Indian journal of veterinary science and animal husbandry - Volumes 22-23, 1952-1953
Year: 1952
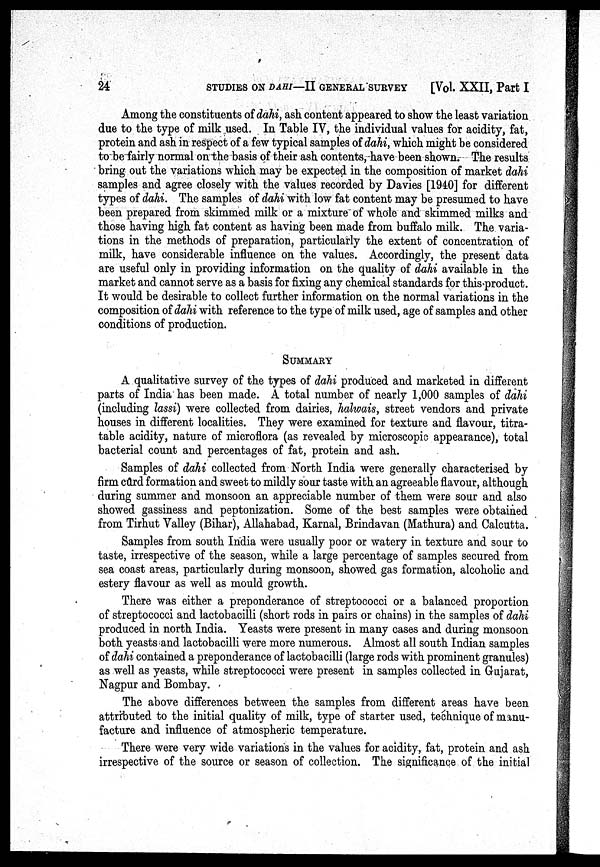
24
STUDIES ON DAHI—II GENERAL SURVEY
[Vol. XXII, Part I
Among the constituents of dahi, ash content appeared to show the least variation
due to the type of milk used. In Table IV, the individual values for acidity, fat,
protein and ash in respect of a few typical samples of dahi, which might be considered
to be fairly normal on the basis of their ash contents, have been shown. The results
bring out the variations which may be expected in the composition of market dahi
samples and agree closely with the values recorded by Davies [1940] for different
types of dahi. The samples of dahi with low fat content may be presumed to have
been prepared from skimmed milk or a mixture of whole and skimmed milks and
those having high fat content as having been made from buffalo milk. The varia-
tions in the methods of preparation, particularly the extent of concentration of
milk, have considerable influence on the values. Accordingly, the present data
are useful only in providing information on the quality of dahi available in the
market and cannot serve as a basis for fixing any chemical standards for this product.
It would be desirable to collect further information on the normal variations in the
composition of dahi with reference to the type of milk used, age of samples and other
conditions of production.
SUMMARY
A qualitative survey of the types of dahi produced and marketed in different
parts of India has been made. A total number of nearly 1,000 samples of dahi
(including lassi) were collected from dairies, halwais, street vendors and private
houses in different localities. They were examined for texture and flavour, titra-
table acidity, nature of microflora (as revealed by microscopic appearance), total
bacterial count and percentages of fat, protein and ash.
Samples of dahi collected from North India were generally characterised by
firm curd formation and sweet to mildly sour taste with an agreeable flavour, although
during summer and monsoon an appreciable number of them were sour and also
showed gassiness and peptonization. Some of the best samples were obtained
from Tirhut Valley (Bihar), Allahabad, Karnal, Brindavan (Mathura) and Calcutta.
Samples from south India were usually poor or watery in texture and sour to
taste, irrespective of the season, while a large percentage of samples secured from
sea coast areas, particularly during monsoon, showed gas formation, alcoholic and
estery flavour as well as mould growth.
There was either a preponderance of streptococci or a balanced proportion
of streptococci and lactobacilli (short rods in pairs or chains) in the samples of dahi
produced in north India. Yeasts were present in many cases and during monsoon
both yeasts and lactobacilli were more numerous. Almost all south Indian samples
of dahi contained a preponderance of lactobacilli (large rods with prominent granules)
as well as yeasts, while streptococci were present in samples collected in Gujarat,
Nagpur and Bombay.
The above differences between the samples from different areas have been
attributed to the initial quality of milk, type of starter used, technique of manu-
facture and influence of atmospheric temperature.
There were very wide variations in the values for acidity, fat, protein and ash
irrespective of the source or season of collection. The significance of the initial